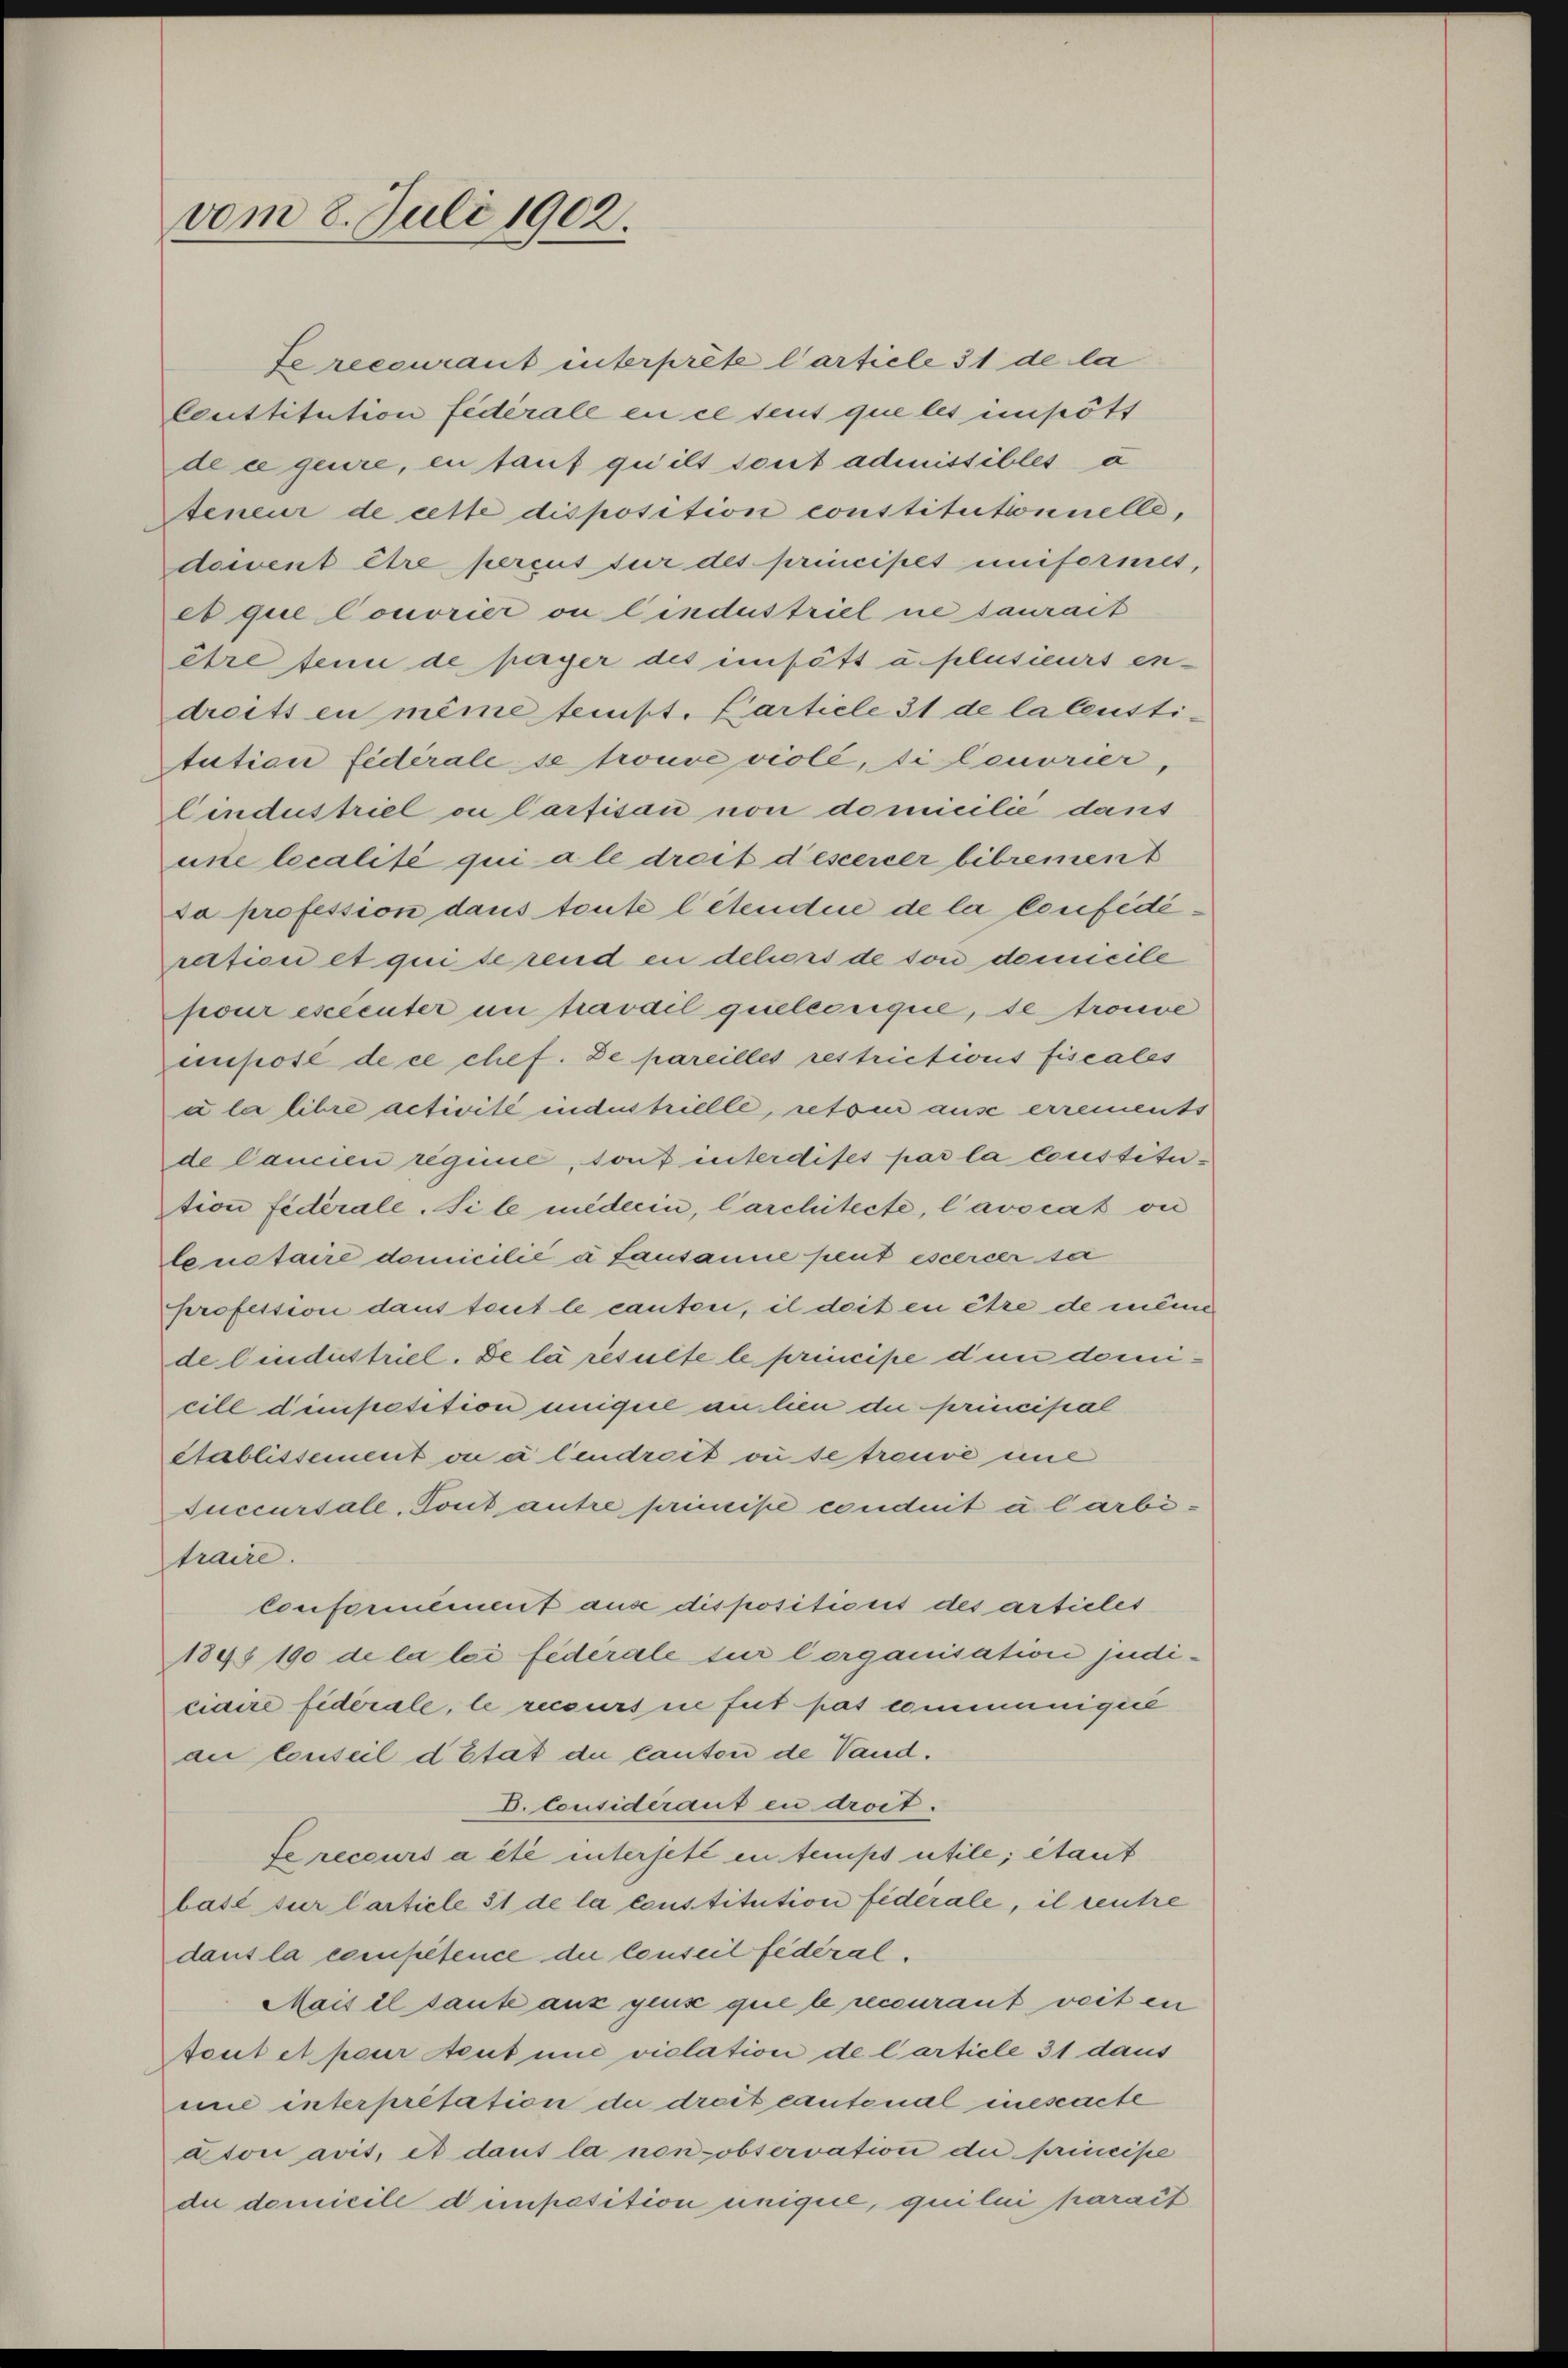
vom 8. Juli 1902.

Je recourant interprete Carticle 31 de la

Cuttitution fédérale en ce sent que les impött
de ce geure, en taufquilt sont admissibles à
teneur de cette disposition constitutionnelle,
doivent être percus für des principes uniformes,
es que Conorier ou lindustriel ne saurait
être ten de payer des imfött u. plusieurs en-
dreits en même tempt. Karticle 31 de la leustitution fédérale se trouvé viole, di lonorier,
Cindustriel ou Carfisau non domicilié dans
une localité qui a le dreit descener bibrement
da profession dans toute l’étendii de la Confidération et qui se rend en deliors de son demicile
pour exécuter im travail quelcorique, se trouve
mpose de ce chef. De pareilles restrictions fiscales
à la libre activité indesbrielle, retom ause errements
de Cancien regine, sont interdifes par la coustitution fidérale. Si le miederin, Carchitecte, l’avocat vi
lanetaire domicilié à Lausanne peut escercer sa
profession dans tout le canton, il doit en être de meine
de bindustriel. De la resulte le principe den domicill dimpetition uniguel an lien die principal
Stablissement ou à lendrect où se treuve eine
Juccursale. Tout antre principe conduit à larbitraire.
Conformément aus dispositionis des artieles
1898 190 de la loi fédérale sur lorganisation judiciaire fiderale, le recours ne fut pas communiqué
der Conseil d’Etat de Canton de Vand¬
D. Consideraut en droit.
fe recours a été intersetz in temps utile, étant
basé sur Carticle 31 de la constitution fiderale, il centre
dans la competence die Conseil federal.
Mais il sante aux quis que le recourant weit en
tout et pour tout une violation de Carticle 31 daus
mie interpretation die dreit cantonal inesacte
dton avit, et dans la non observation de principe
die domicile d’imposition unique, qui lui parait